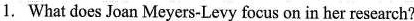
1. What does Joan Meyers-Levy focus on in her research?